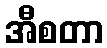
အီစတာ